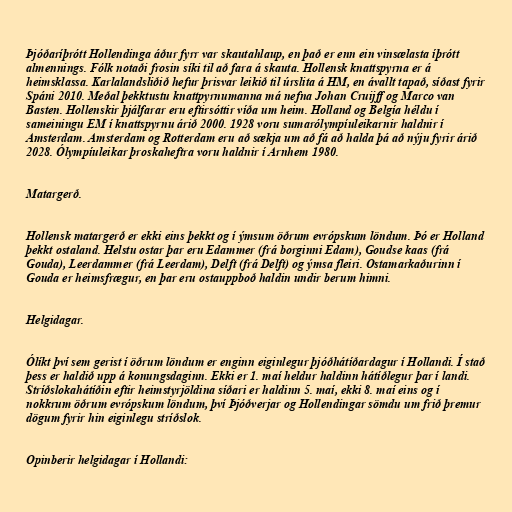
Þjóðaríþrótt Hollendinga áður fyrr var skautahlaup, en það er enn ein vinsælasta íþrótt
almennings. Fólk notaði frosin síki til að fara á skauta. Hollensk knattspyrna er á
heimsklassa. Karlalandsliðið hefur þrisvar leikið til úrslita á HM, en ávallt tapað, síðast fyrir
Spáni 2010. Meðal þekktustu knattpyrnumanna má nefna Johan Cruijff og Marco van
Basten. Hollenskir þjálfarar eru eftirsóttir víða um heim. Holland og Belgía héldu í
sameiningu EM í knattspyrnu árið 2000. 1928 voru sumarólympíuleikarnir haldnir í
Amsterdam. Amsterdam og Rotterdam eru að sækja um að fá að halda þá að nýju fyrir árið
2028. Ólympíuleikar þroskaheftra voru haldnir í Arnhem 1980.

Matargerð.

Hollensk matargerð er ekki eins þekkt og í ýmsum öðrum evrópskum löndum. Þó er Holland
þekkt ostaland. Helstu ostar þar eru Edammer (frá borginni Edam), Goudse kaas (frá
Gouda), Leerdammer (frá Leerdam), Delft (frá Delft) og ýmsa fleiri. Ostamarkaðurinn í
Gouda er heimsfrægur, en þar eru ostauppboð haldin undir berum himni.

Helgidagar.

Ólíkt því sem gerist í öðrum löndum er enginn eiginlegur þjóðhátíðardagur í Hollandi. Í stað
þess er haldið upp á konungsdaginn. Ekki er 1. maí heldur haldinn hátíðlegur þar í landi.
Stríðslokahátíðin eftir heimstyrjöldina síðari er haldinn 5. maí, ekki 8. maí eins og í
nokkrum öðrum evrópskum löndum, því Þjóðverjar og Hollendingar sömdu um frið þremur
dögum fyrir hin eiginlegu stríðslok.

Opinberir helgidagar í Hollandi: